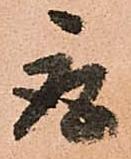
取